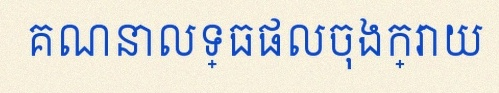
គណនាលទ្ធផលចុងក្រោយ